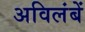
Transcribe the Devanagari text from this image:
अविलंबें